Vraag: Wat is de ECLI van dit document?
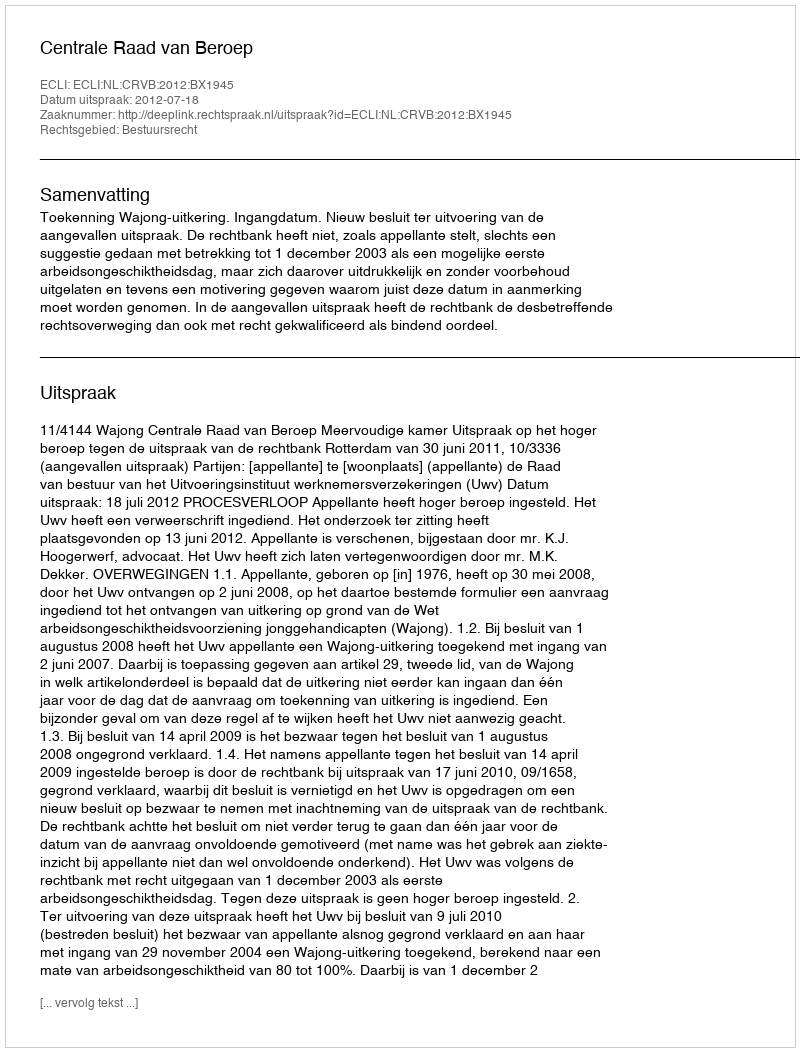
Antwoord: ECLI:NL:CRVB:2012:BX1945